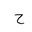
Letter: _ha